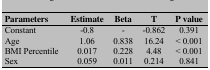
| Parameters | Estimate | Beta | T | P value |
 | --- | --- | --- | --- | --- |
 | Constant | -0.8 | - | -0.862 | 0.391 |
 | Age | 1.06 | 0.838 | 16.24 | < 0.001 |
 | BMI Percentile | 0.017 | 0.228 | 4.48 | < 0.001 |
 | Sex | 0.059 | 0.011 | 0.214 | 0.841 |